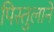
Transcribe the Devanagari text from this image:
पिस्तुलाने